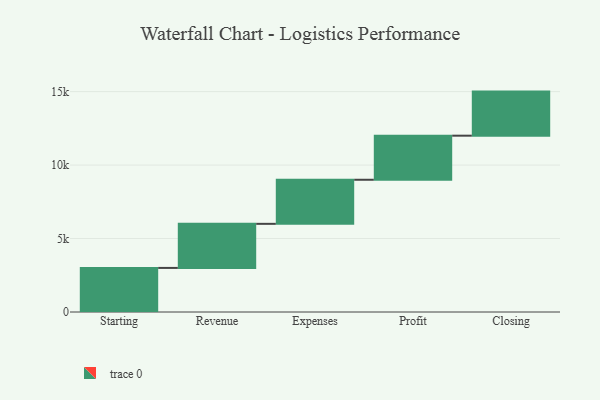
{"axis": {"x": "Step", "y": "Value"}, "legend": [""], "data": [{"x": "Starting", "y": 3000, "type": ""}, {"x": "Revenue", "y": 3000, "type": ""}, {"x": "Expenses", "y": 3000, "type": ""}, {"x": "Profit", "y": 3000, "type": ""}, {"x": "Closing", "y": 3000, "type": ""}]}